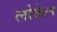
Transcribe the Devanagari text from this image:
लोकेल